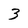
Character: 3